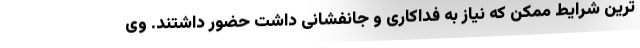
ترین شرایط ممکن که نیاز به فداکاری و جانفشانی داشت حضور داشتند. وی